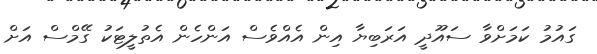
ގައުމު ކަމަށްވާ ސައޫދީ އަރަބިޔާ އިން އެއްވެސް އަންހެން އެތުލީޓަކު ގޭމްސް އަށް